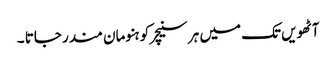
آٹھویں تک میں ہر سنیچر کو ہنومان مندر جاتا ۔